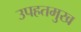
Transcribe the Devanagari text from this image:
उपहतमुख